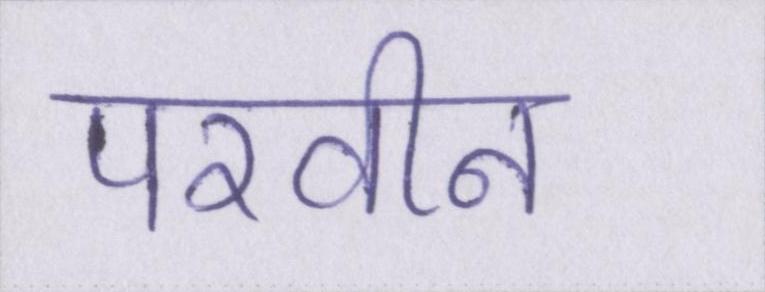
परवीन